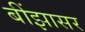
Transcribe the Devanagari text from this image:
बींझासर